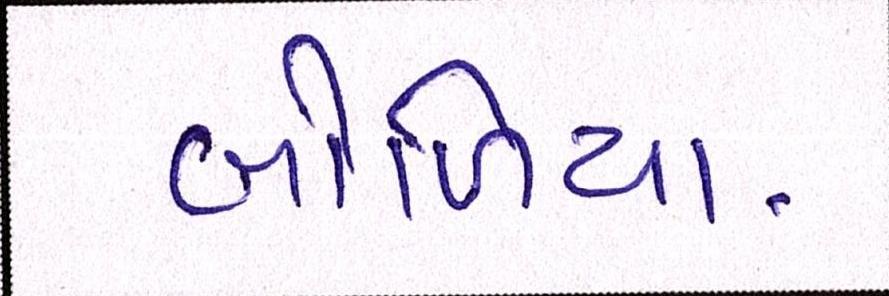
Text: બોળિયા